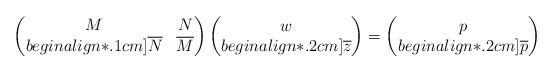
LaTeX: \begin{align*}\begin{pmatrix}M & N \\begin{align*}.1cm]\overline{N} & \overline{M} \end{pmatrix}\begin{pmatrix}w\\begin{align*}.2cm]\overline{z}\end{pmatrix}=\begin{pmatrix}p \\begin{align*}.2cm]\overline{p}\end{pmatrix}\end{align*}